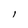
Character: l